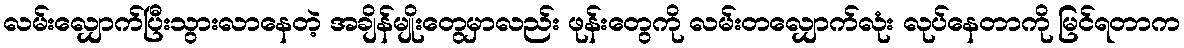
လမ်းလျှောက်ပြီးသွားလာနေတဲ့ အချိန်မျိုးတွေမှာလည်း ဖုန်းတွေကို လမ်းတလျှောက်လုံး လုပ်နေတာကို မြင်ရတာက